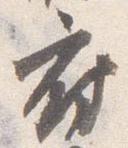
府